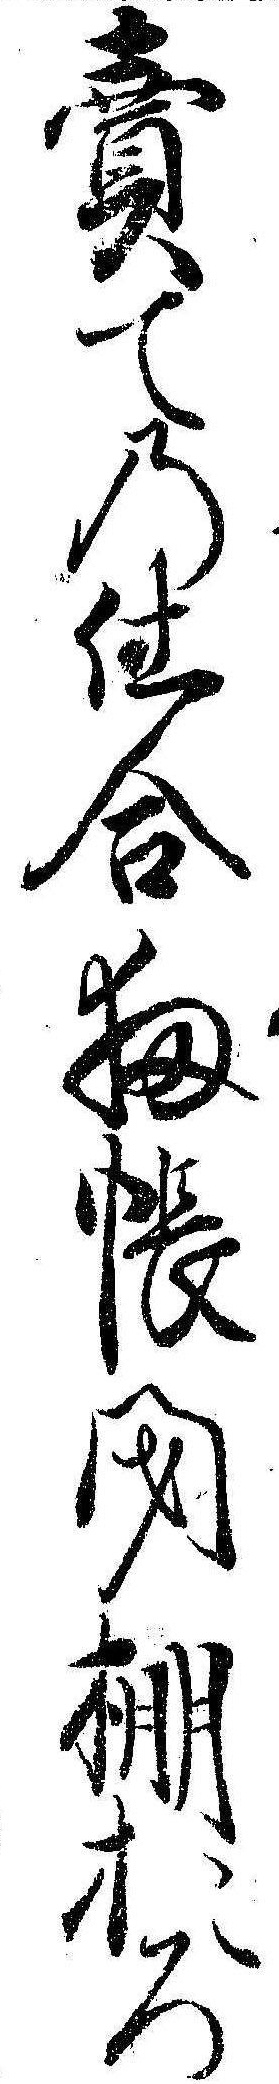
売ての仕合扨帳閉棚おろ